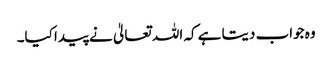
وہ جواب دیتا ہے کہ اللہ تعالیٰ نے پیدا کیا۔